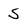
Character: S